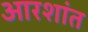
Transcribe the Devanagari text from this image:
आरशांत